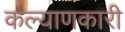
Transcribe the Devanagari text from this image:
कल्‍याणकारी